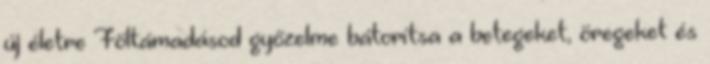
új életre Föltámadásod győzelme bátorítsa a betegeket, öregeket és